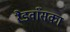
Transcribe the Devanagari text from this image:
रैडवाँसका